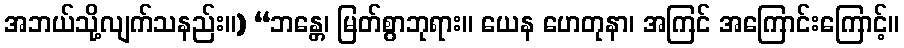
အဘယ်သို့လျက်သနည်း။) “ဘန္တေ၊ မြတ်စွာဘုရား။ ယေန ဟေတုနာ၊ အကြင် အကြောင်းကြောင့်။